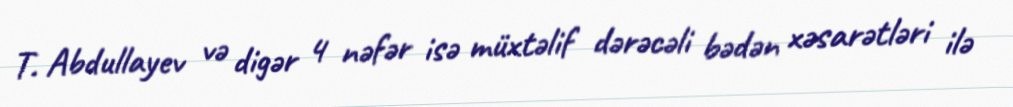
T. Abdullayev və digər 4 nəfər isə müxtəlif dərəcəli bədən xəsarətləri ilə